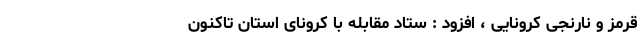
قرمز و نارنجی کرونایی ، افزود : ستاد مقابله با کرونای استان تاکنون